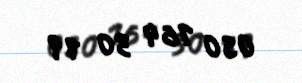
050 164 30 19